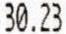
30.23